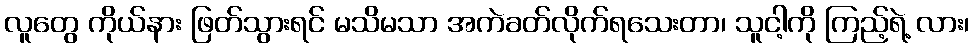
လူတွေ ကိုယ်နား ဖြတ်သွားရင် မသိမသာ အကဲခတ်လိုက်ရသေးတာ၊ သူငါ့ကို ကြည့်ရဲ့ လား၊